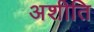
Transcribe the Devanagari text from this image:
अशीति